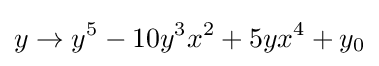
y\to y^{5}-10y^{3}x^{2}+5yx^{4}+y_{0}